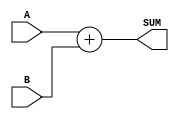
module four_bit_adder (
    input [3:0] A,
    input [3:0] B,
    output [4:0] SUM
);

assign SUM = A + B;

endmodule